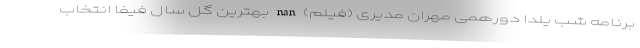
برنامه شب یلدا دورهمی مهران مدیری (فیلم) nan بهترین گل سال فیفا انتخاب